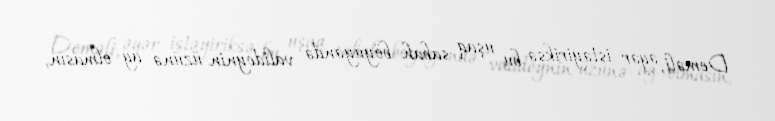
Deməli, əgər istəyiriksə bu uşaq sabah böyüyəndə valideynin üzünə ağ olmasın,